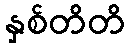
နှစ်တိတိ